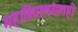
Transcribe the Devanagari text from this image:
महाविद्यालयातही